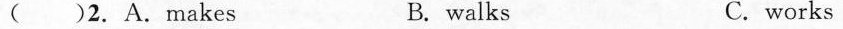
( )2.A.Makes B. walks C. works